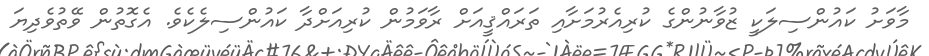
މާވަށު ކައުންސިލަކީ ޒުވާނުންގެ ކުރިއެރުމަށާއި ތަރައްޤީއަށް ރާވަމުން ކުރިއަށްދާ ކައުންސިލެކެވެ. އެގޮތުން ވޭތުވެދިޔަ